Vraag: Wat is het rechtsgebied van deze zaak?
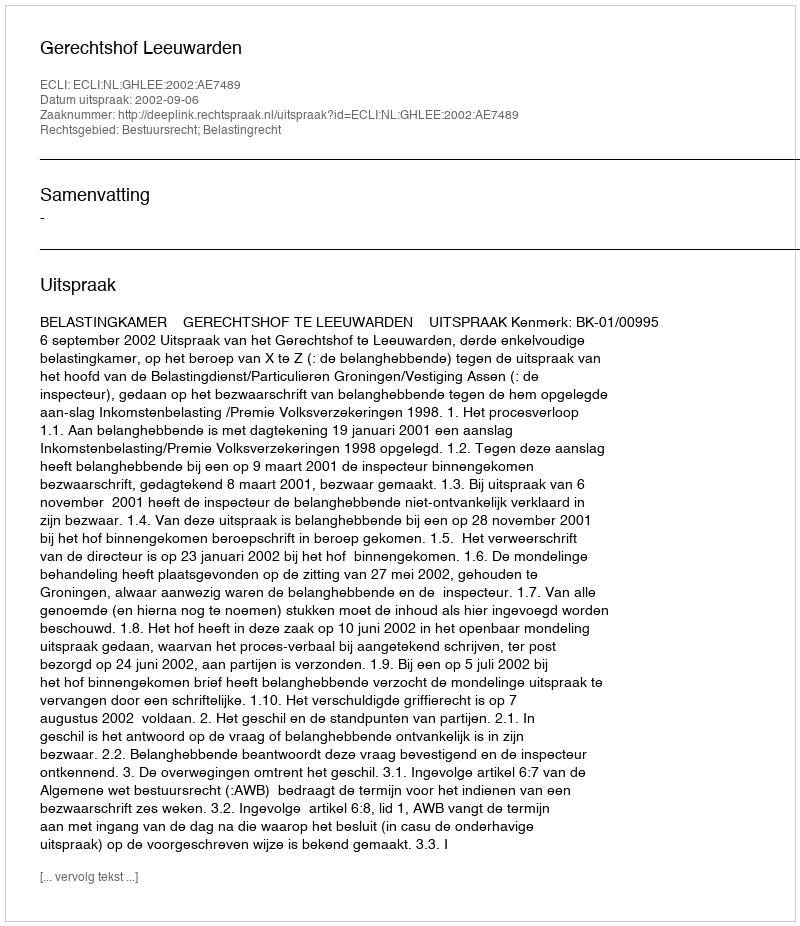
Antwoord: Bestuursrecht; Belastingrecht